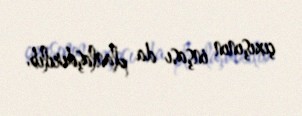
çıxışının inşası da planlaşdırılıb.